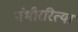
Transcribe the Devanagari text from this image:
गंभीररित्या